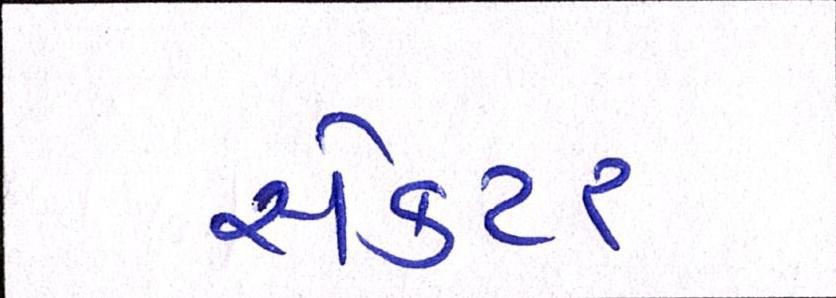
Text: સેકટર